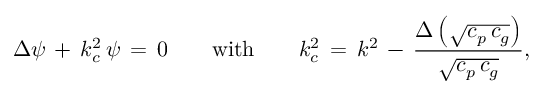
\Delta \psi \, + \, k _ { c } ^ { 2 } \, \psi \, = \, 0 \qquad { \mathrm { w i t h } } \qquad k _ { c } ^ { 2 } \, = \, k ^ { 2 } \, - \, { \frac { \Delta \left( { \sqrt { c _ { p } \, c _ { g } } } \right) } { \sqrt { c _ { p } \, c _ { g } } } } ,